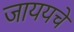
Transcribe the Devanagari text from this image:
जाययचे